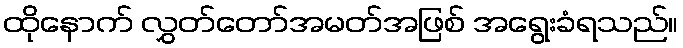
ထိုနောက် လွှတ်တော်အမတ်အဖြစ် အရွေးခံရသည်။